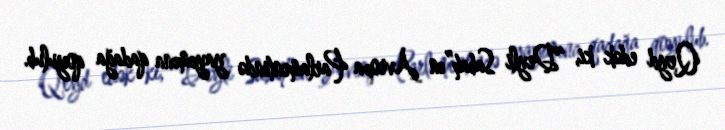
Qeyd edək ki, “Deyli Sabah”ın Avropa Parlamentində yayımına qadağa qoyulub.